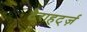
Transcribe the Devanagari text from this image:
टैराहर्ट्ज़